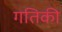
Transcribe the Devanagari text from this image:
गतिकी